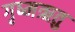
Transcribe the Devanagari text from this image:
गृष्‍मऋतु